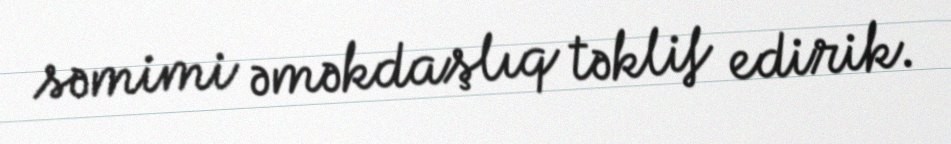
səmimi əməkdaşlıq təklif edirik.